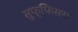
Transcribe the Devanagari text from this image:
सुफ्फिसस